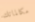
مكالماتك